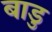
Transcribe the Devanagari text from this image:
बाडु